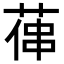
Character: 𦵋